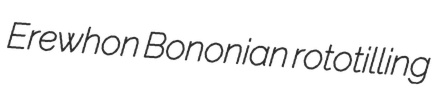
Erewhon Bononian rototilling